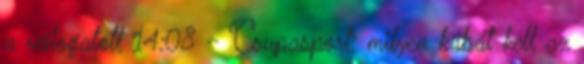
a válogatott 14:08 - Csupasport: milyen kabát kell az